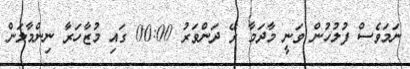
ނަމަވެސް ފުލުހުން ވަނީ މާދަމާ ރޭ ދަންވަރު 00:00 ގައި މުޒާހަރާ ނިންމާލަން